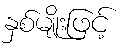
နှစ်မျိုးဖြင့်